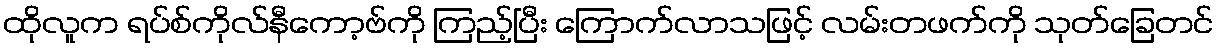
ထိုလူက ရပ်စ်ကိုလ်နီကော့ဗ်ကို ကြည့်ပြီး ကြောက်လာသဖြင့် လမ်းတဖက်ကို သုတ်ခြေတင်